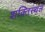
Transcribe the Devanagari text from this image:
शक्तिस्थल